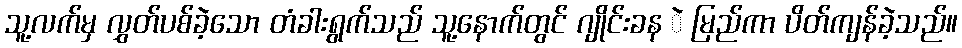
သူ့လက်မှ လွှတ်ပစ်ခဲ့သော တံခါးရွက်သည် သူ့နောက်တွင် ဂျိုင်းခန ဲ မြည်ကာ ပိတ်ကျန်ခဲ့သည်။